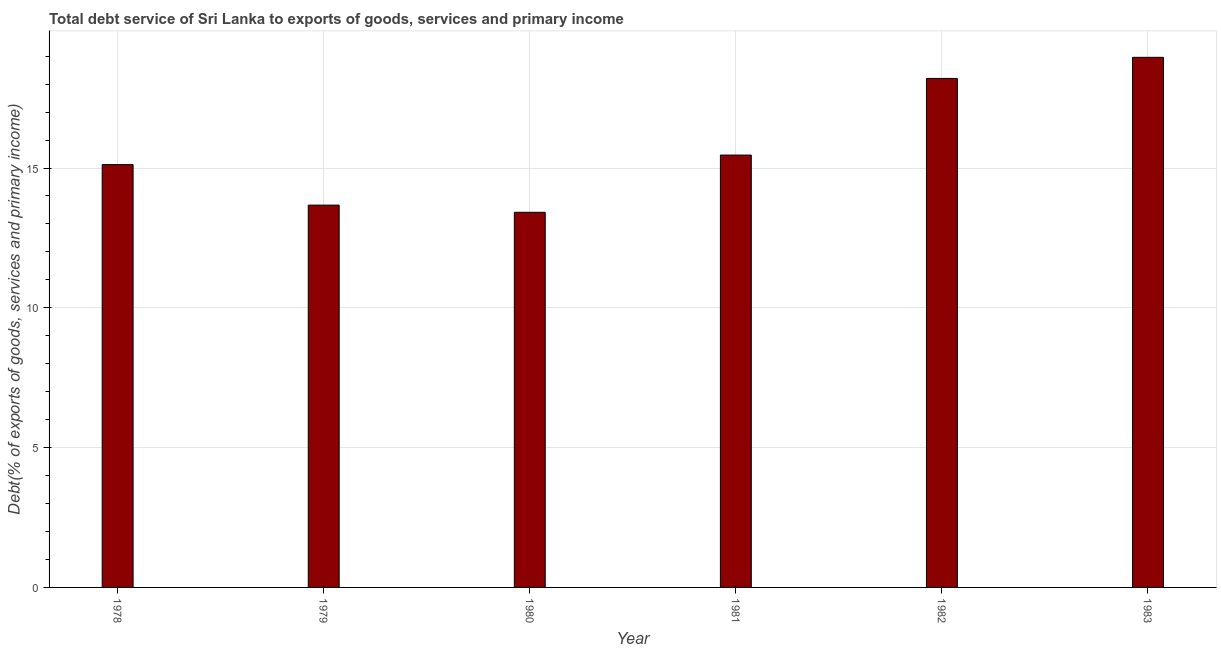
| Year | Total debt service |
 | --- | --- |
 | 1978 | 15.1 |
 | 1979 | 13.7 |
 | 1980 | 13.4 |
 | 1981 | 15.5 |
 | 1982 | 18.2 |
 | 1983 | 19 |